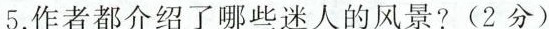
5.作者都介绍了哪些迷人的风景？